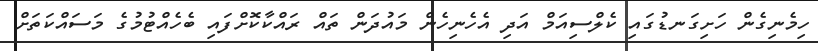
ހިމެނިގެން ހަށިގަނޑުގައި ކެލްސިއަމް އަދި އެހެނިހެން މައުދަން ތައް ރައްކާކޮށްފައި ބެހެއްޓުމުގެ މަސައްކަތަށް